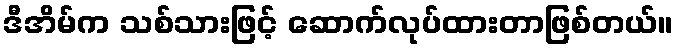
ဒီအိမ်က သစ်သားဖြင့် ဆောက်လုပ်ထားတာဖြစ်တယ်။